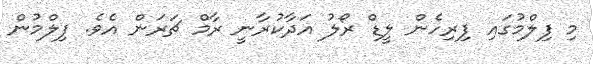
މި ފިލްމުގައި ފިރިހެން ލީޑް ރޯލު އަދާކުރާނީ ރާމް ޗަރަން އެވެ. ފިލްމުން